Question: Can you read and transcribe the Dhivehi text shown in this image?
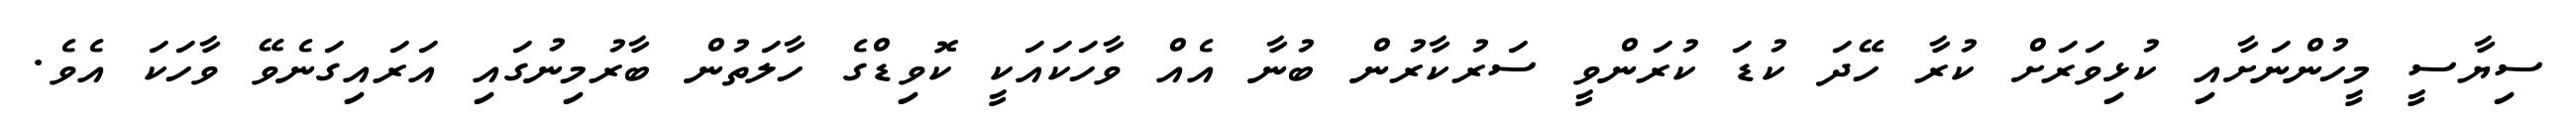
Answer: ސިޔާސީ މީހުންނަށާއި ކުޅިވަރަށް ކުރާ ހޭދަ ކުޑަ ކުރަންވީ ސަރުކާރުން ބުނާ އެއް ވާހަކައަކީ ކޮވިޑްގެ ހާލަތުން ބާރުމިނުގައި އަރައިގަނެވޭ ވާހަކަ އެވެ.